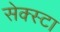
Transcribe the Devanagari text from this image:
सेक्स्टा